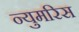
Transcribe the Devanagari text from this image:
न्युमरिस